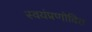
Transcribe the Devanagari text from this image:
स्वयंप्रणोदित